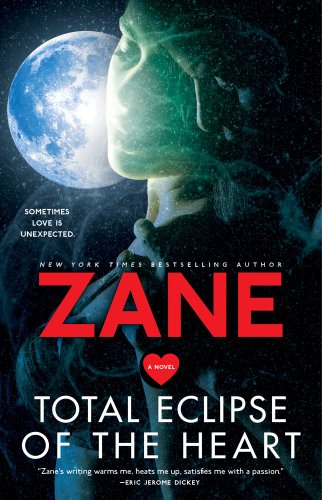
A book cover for Total Eclipse of the Heart: A Novel; Zane; Romance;